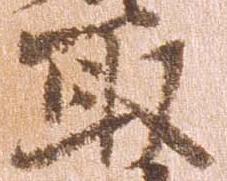
取